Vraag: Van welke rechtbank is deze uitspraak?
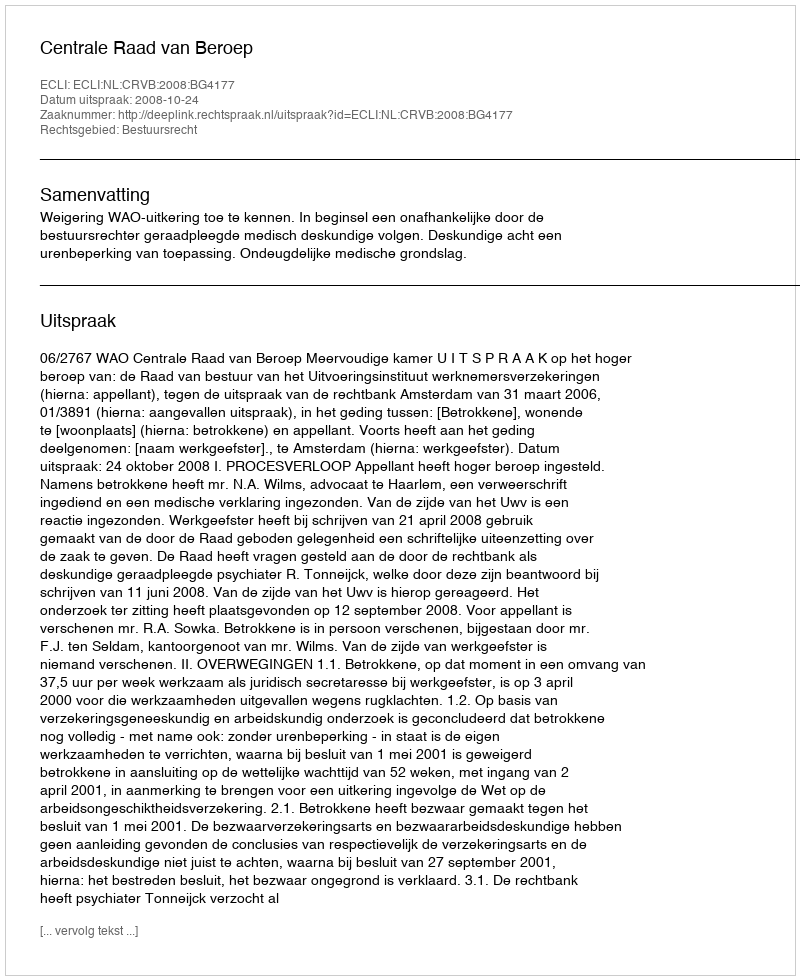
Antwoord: Centrale Raad van Beroep